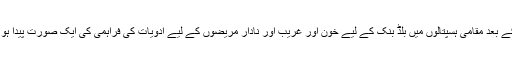
اس کے بعد مقامی ہسپتالوں میں بلڈ بنک کے لیے خون اور غریب اور نادار مریضوں کے لیے ادویات کی فراہمی کی ایک صورت پیدا ہو گئی۔